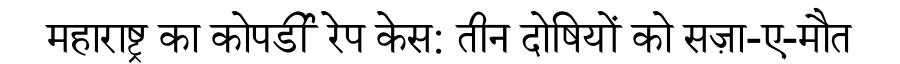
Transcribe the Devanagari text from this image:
महाराष्ट्र का कोपर्डी रेप केस: तीन दोषियों को सज़ा-ए-मौत